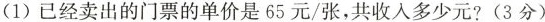
(1)已经卖出的门票的单价是65元/张，共收入多少元?(3分)